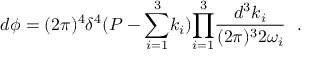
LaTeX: d \phi = ( 2 \pi ) ^ { 4 } \delta ^ { 4 } ( P - { \sum _ { i = 1 } ^ { 3 } } k _ { i } ) { \prod _ { i = 1 } ^ { 3 } } \frac { d ^ { 3 } k _ { i } } { ( 2 \pi ) ^ { 3 } 2 \omega _ { i } } ~ ~ .